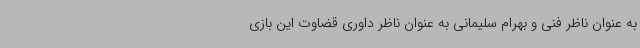
به عنوان ناظر فنی و بهرام سلیمانی به عنوان ناظر داوری قضاوت این بازی